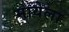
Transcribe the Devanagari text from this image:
मायेला